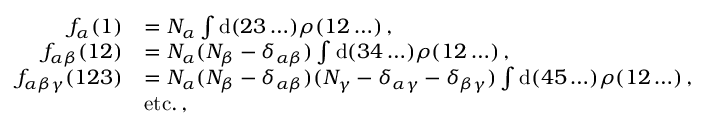
\begin{array} { r l } { f _ { \alpha } ( 1 ) } & { = N _ { \alpha } \int \mathrm { d } ( 2 3 \ldots ) \rho ( 1 2 \ldots ) \, , } \\ { f _ { \alpha \beta } ( 1 2 ) } & { = N _ { \alpha } ( N _ { \beta } - \delta _ { \alpha \beta } ) \int \mathrm { d } ( 3 4 \ldots ) \rho ( 1 2 \ldots ) \, , } \\ { f _ { \alpha \beta \gamma } ( 1 2 3 ) } & { = N _ { \alpha } ( N _ { \beta } - \delta _ { \alpha \beta } ) ( N _ { \gamma } - \delta _ { \alpha \gamma } - \delta _ { \beta \gamma } ) \int \mathrm { d } ( 4 5 \ldots ) \rho ( 1 2 \ldots ) \, , } \\ & { \mathrm { e t c . \, , } } \end{array}